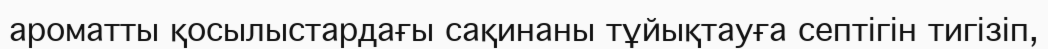
ароматты қосылыстардағы сақинаны тұйықтауға септігін тигізіп,